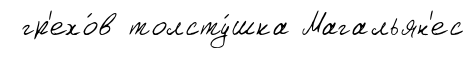
гр'ехо́в толсту́шка Магальян'ес